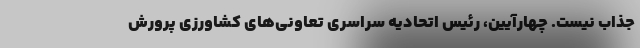
جذاب نیست. چهارآیین، رئیس اتحادیه سراسری تعاونی‌های کشاورزی پرورش